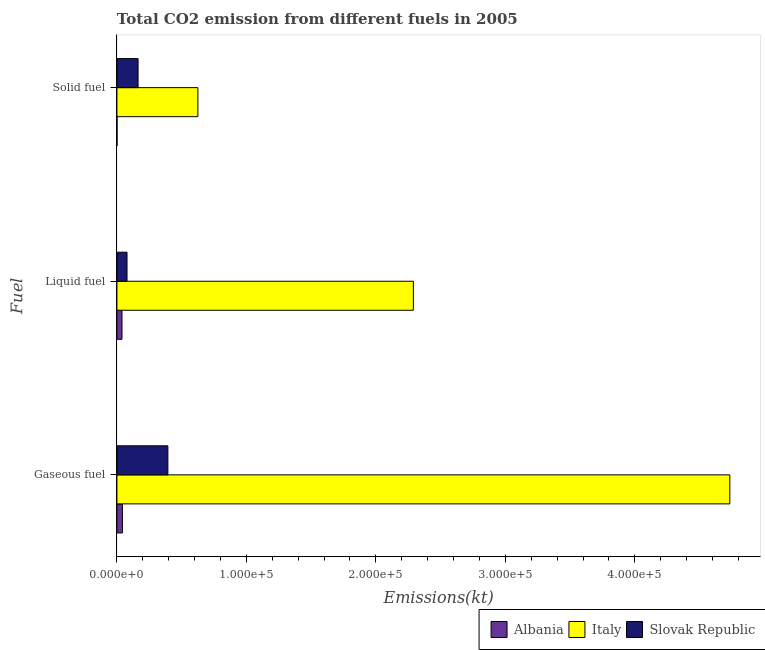
| Fuel | Albania | Italy | Slovak Republic |
 | --- | --- | --- | --- |
 | Gaseous fuel | 4.25e+03 | 4.73e+05 | 3.94e+04 |
 | Liquid fuel | 3.92e+03 | 2.29e+05 | 7.8e+03 |
 | Solid fuel | 73.3 | 6.25e+04 | 1.63e+04 |